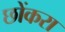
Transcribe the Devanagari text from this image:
छोंकरा